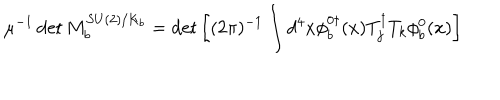
LaTeX: \mu ^ { - 1 } \det M _ { b } ^ { S U ( 2 ) / K _ { b } } = \det \left[ ( 2 \pi ) ^ { - 1 } \int d ^ { 4 } x \phi _ { b } ^ { 0 \dagger } ( x ) T _ { j } ^ { \dagger } T _ { k } \phi _ { b } ^ { 0 } ( x ) \right]